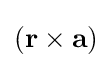
\left(\mathbf {r} \times \mathbf {a} \right)